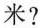
米?